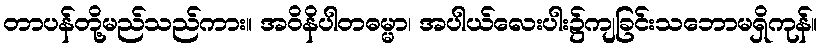
တာပန်တို့မည်သည်ကား။ အဝိနိပါတဓမ္မာ၊ အပါယ်လေးပါး၌ကျခြင်းသဘောမရှိကုန်။